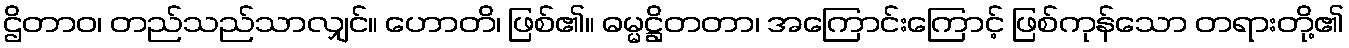
ဌိတာဝ၊ တည်သည်သာလျှင်။ ဟောတိ၊ ဖြစ်၏။ ဓမ္မဋ္ဌိတတာ၊ အကြောင်းကြောင့် ဖြစ်ကုန်သော တရားတို့၏